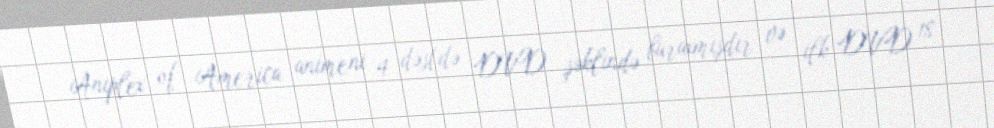
Aniplex of America animeni 4 dəstdə DVD şəklində buraxmışdır və ilk DVD 18